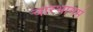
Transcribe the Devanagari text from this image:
चारभागमे